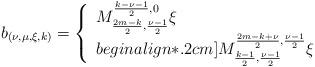
LaTeX: \begin{align*}b_{(\nu,\mu,\xi,k)}=\left\{\begin{array}{ll}M^{\frac{k-\nu-1}{2},0}_{\frac{2m-k}{2},\frac{\nu-1}{2}}\xi &\\begin{align*}.2cm] M^{\frac{2m-k+\nu}{2},\frac{\nu-1}{2}}_{\frac{k-1}{2},\frac{\nu-1}{2}}\xi &\end{array}\right.\end{align*}